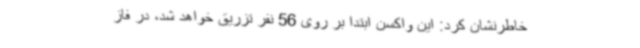
خاطرنشان کرد: این واکسن ابتدا بر روی 56 نفر تزریق خواهد شد، در فاز